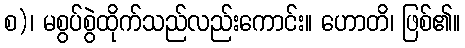
စ)၊ မစွပ်စွဲထိုက်သည်လည်းကောင်း။ ဟောတိ၊ ဖြစ်၏။